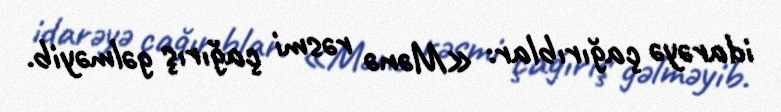
idarəyə çağırıblar: «Mənə rəsmi çağırış gəlməyib.